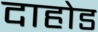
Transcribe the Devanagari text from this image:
दाहोड